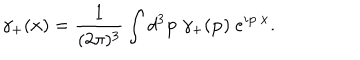
\gamma _ { + } ( { \bf x } ) = \frac { 1 } { ( 2 \pi ) ^ { 3 } } \int d ^ { 3 } { \bf p } ~ \gamma _ { + } ( { \bf p } ) ~ e ^ { i { \bf p } \cdot { \bf x } } .